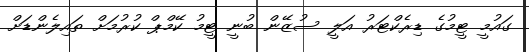
ގައުމީ ޓީމުގެ ޑިރެކްޓަރު އަލީ ސުޒޭން ބުނީ ޓީމު ކޭމްޕް ކުރުމަށް ތައިލެންޑަށް